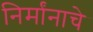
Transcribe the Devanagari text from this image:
निर्मांनाचे